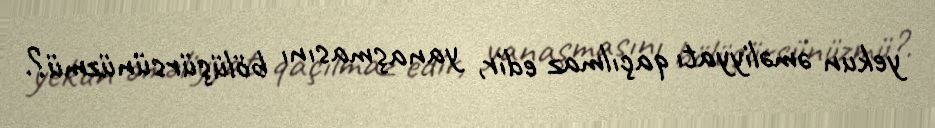
yekun əməliyyatı qaçılmaz edir, yanaşmasını bölüşürsünüzmü?.